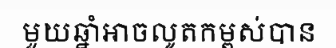
មួយឆ្នាំអាចលូតកម្ពស់បាន